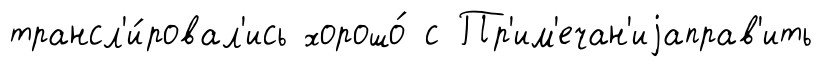
трансл'и́ровал'ись хорошо́ с Пр'им'ечан'иjаправ'ить